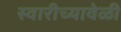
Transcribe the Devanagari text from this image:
स्वारीच्यावेळी